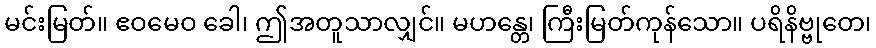
မင်းမြတ်။ ဧဝမေဝ ခေါ၊ ဤအတူသာလျှင်။ မဟန္တေ၊ ကြီးမြတ်ကုန်သော။ ပရိနိဗ္ဗုတေ၊